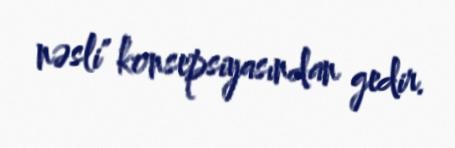
nəsli" konsepsiyasından gedir.